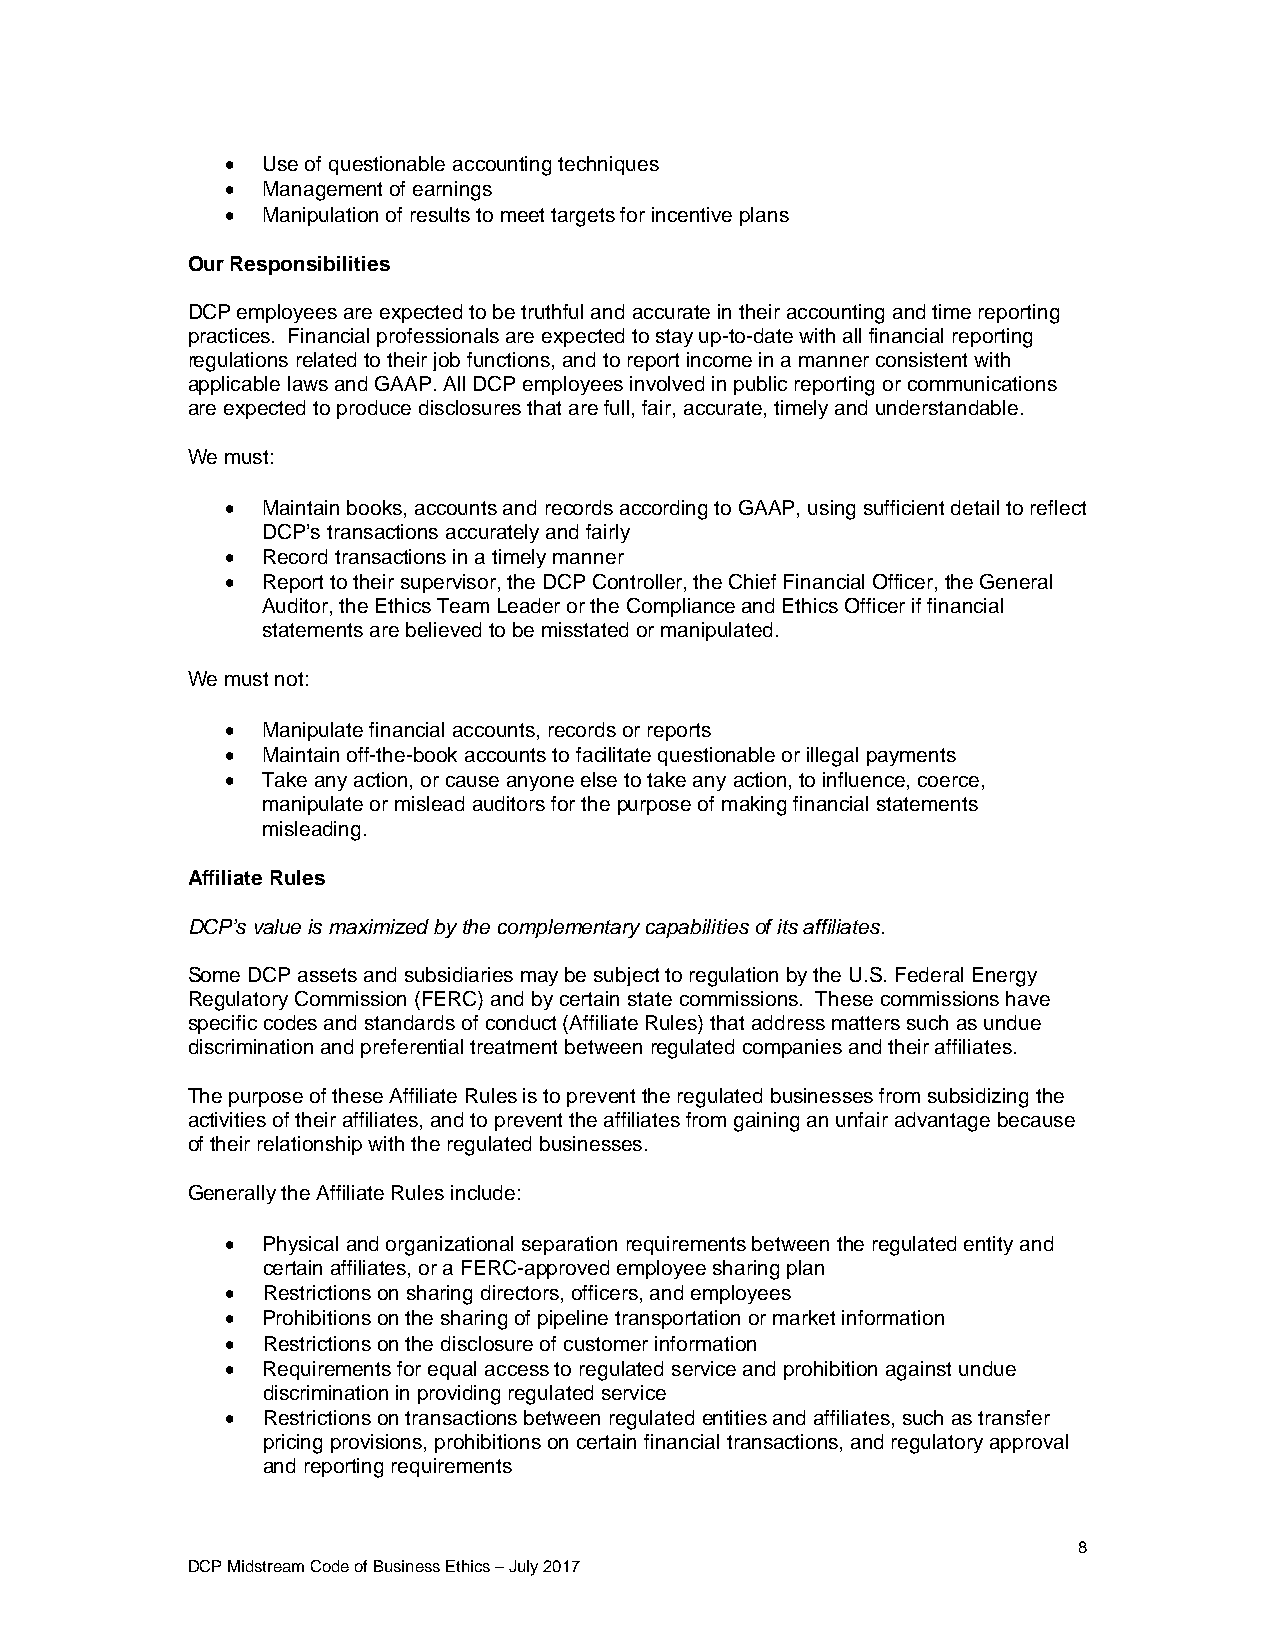
 Use of questionable accounting techniques
  Management of earnings
  Manipulation of results to meet targets for incentive plans
 Our Responsibilities
 DCP employees are expected to be truthful and accurate in their accounting and time reporting
 practices. Financial professionals are expected to stay up-to-date with all financial reporting
 regulations related to their job functions, and to report income in a manner consistent with
 applicable laws and GAAP. All DCP employees involved in public reporting or communications
 are expected to produce disclosures that are full, fair, accurate, timely and understandable.
 We must:
  Maintain books, accounts and records according to GAAP, using sufficient detail to reflect
 DCP’s transactions accurately and fairly
  Record transactions in a timely manner
  Report to their supervisor, the DCP Controller, the Chief Financial Officer, the General
 Auditor, the Ethics Team Leader or the Compliance and Ethics Officer if financial
 statements are believed to be misstated or manipulated.
 We must not:
  Manipulate financial accounts, records or reports
  Maintain off-the-book accounts to facilitate questionable or illegal payments
  Take any action, or cause anyone else to take any action, to influence, coerce,
 manipulate or mislead auditors for the purpose of making financial statements
 misleading.
 Affiliate Rules
 DCP’s value is maximized by the complementary capabilities of its affiliates.
 Some DCP assets and subsidiaries may be subject to regulation by the U.S. Federal Energy
 Regulatory Commission (FERC) and by certain state commissions. These commissions have
 specific codes and standards of conduct (Affiliate Rules) that address matters such as undue
 discrimination and preferential treatment between regulated companies and their affiliates.
 The purpose of these Affiliate Rules is to prevent the regulated businesses from subsidizing the
 activities of their affiliates, and to prevent the affiliates from gaining an unfair advantage because
 of their relationship with the regulated businesses.
 Generally the Affiliate Rules include:
  Physical and organizational separation requirements between the regulated entity and
 certain affiliates, or a FERC-approved employee sharing plan
  Restrictions on sharing directors, officers, and employees
  Prohibitions on the sharing of pipeline transportation or market information
  Restrictions on the disclosure of customer information
  Requirements for equal access to regulated service and prohibition against undue
 discrimination in providing regulated service
  Restrictions on transactions between regulated entities and affiliates, such as transfer
 pricing provisions, prohibitions on certain financial transactions, and regulatory approval
 and reporting requirements
 8
 DCP Midstream Code of Business Ethics – July 2017